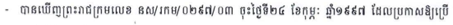
- បានឃើញព្រះរាជក្រមលេខ នស/រកម/០២៩៧/០៣ ចុះថ្ងៃទី២៤ ខែកុម្ភៈ ឆ្នាំ១៩៩៧ ដែលប្រកាសឱ្យប្រើ